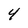
Character: 4